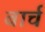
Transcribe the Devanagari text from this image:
बार्च